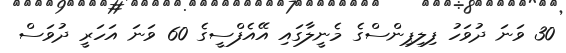
30 ވަނަ ދުވަހު ފިލިޕިންސްގެ މެނީލާގައި އޭއެފްސީގެ 60 ވަނަ އަހަރީ ދުވަސް